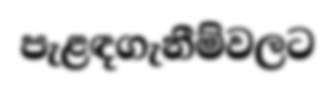
පැළඳගැනීම්වලට